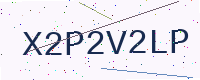
Text: X2P2V2LP